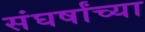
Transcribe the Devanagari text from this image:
संघर्षांच्या